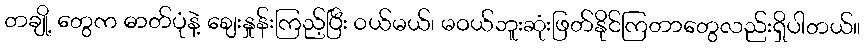
တချို့ တွေက ဓာတ်ပုံနဲ့ ဈေးနှုန်းကြည့်ပြီး ဝယ်မယ်၊ မဝယ်ဘူးဆုံးဖြတ်နိုင်ကြတာတွေလည်းရှိပါတယ်။